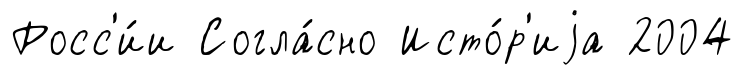
Росс'и́и Согла́сно Исто́р'иjа 2004